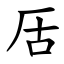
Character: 㕆